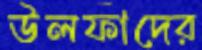
উলফাদের